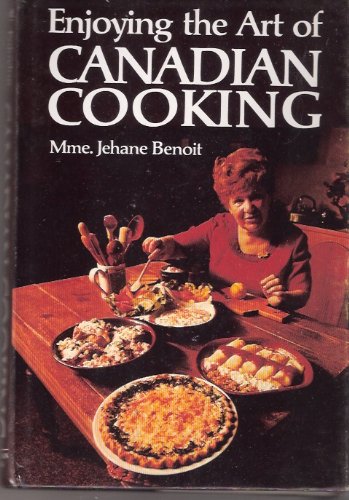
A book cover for Enjoying the art of Canadian cooking; Jehane Benoit; Cookbooks, Food & Wine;